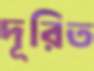
দূরিত